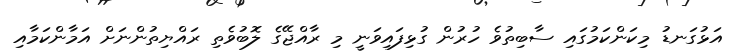
އަޅުގަނޑު މިކަންކަމުގައި ސާބިތުވެ ހުރުން ގުޅިފައިވަނީ މި ރާއްޖޭގެ ލޮބުވެތި ރައްޔިތުންނަށް އަމާންކަމާއި